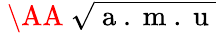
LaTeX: \mathrm{~\AA~}\sqrt{\mathrm{~a~.~m~.~u~}}